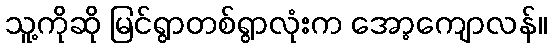
သူ့ကိုဆို မြင်ရွာတစ်ရွာလုံးက အော့ကျောလန်။